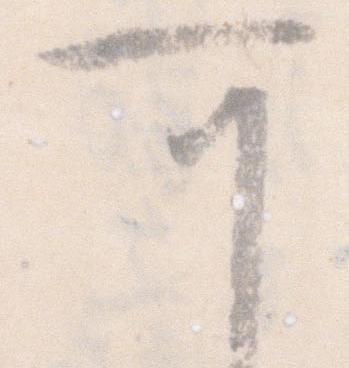
可